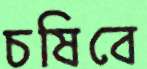
চষিবে